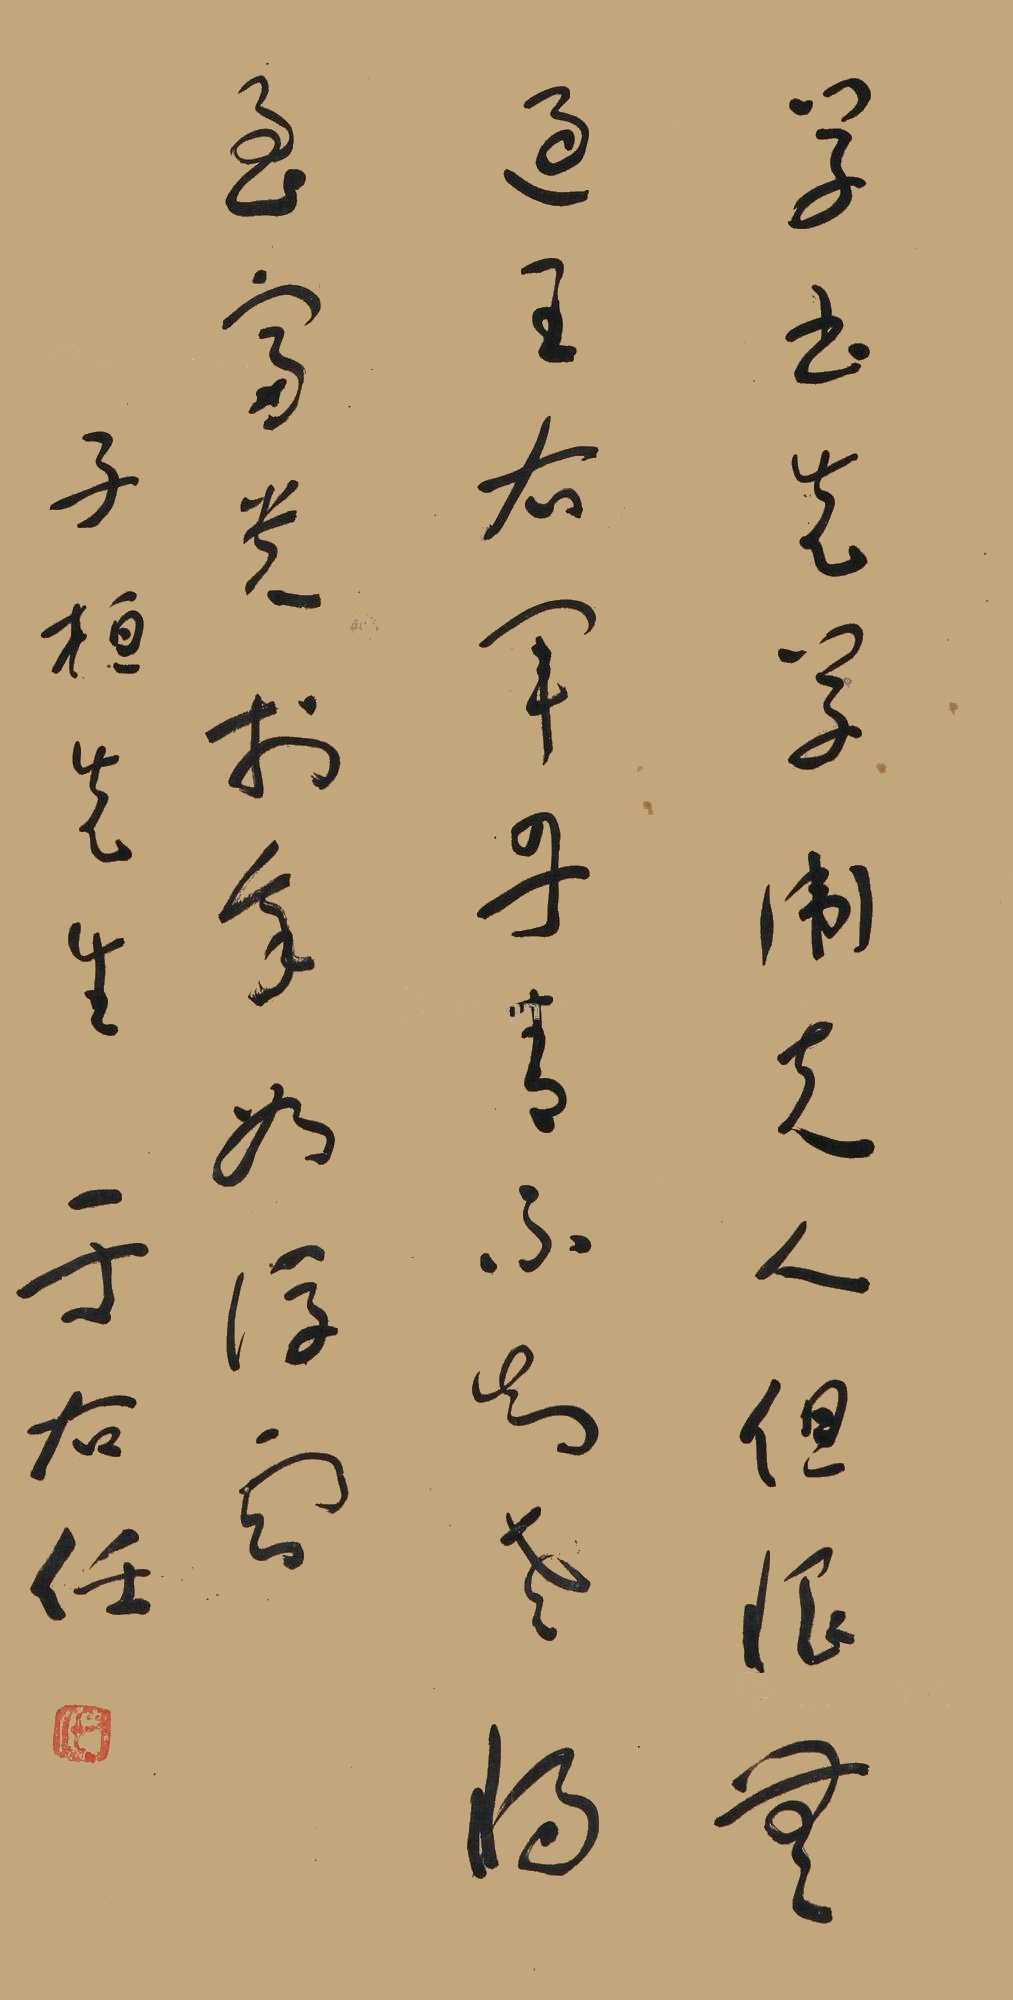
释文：学书了初学卫夫人，但恨无过王右军。丹青不知老将至，富贵于我如浮云。子恒先生。于右任。